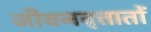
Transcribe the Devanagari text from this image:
जीवनवृत्तातों